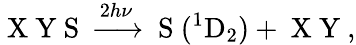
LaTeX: \mathrm{~X~Y~S~}\xrightarrow{2h\nu}\mathrm{~S~}(^{1}\mathrm{D}_{2})+\mathrm{~X~Y~},